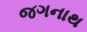
જગનાથ